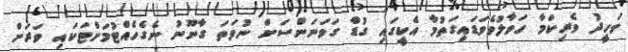
ވަހީދު ވެރިކަމާ ހަވާލުވެވަޑައިގަތުމާ އެކީގައި ގުޑް ގަވަނަންސަށް ނުވަތަ ގާނޫނު ނެގެހެއްޓުމަށްޓަކައި ވަރަށް